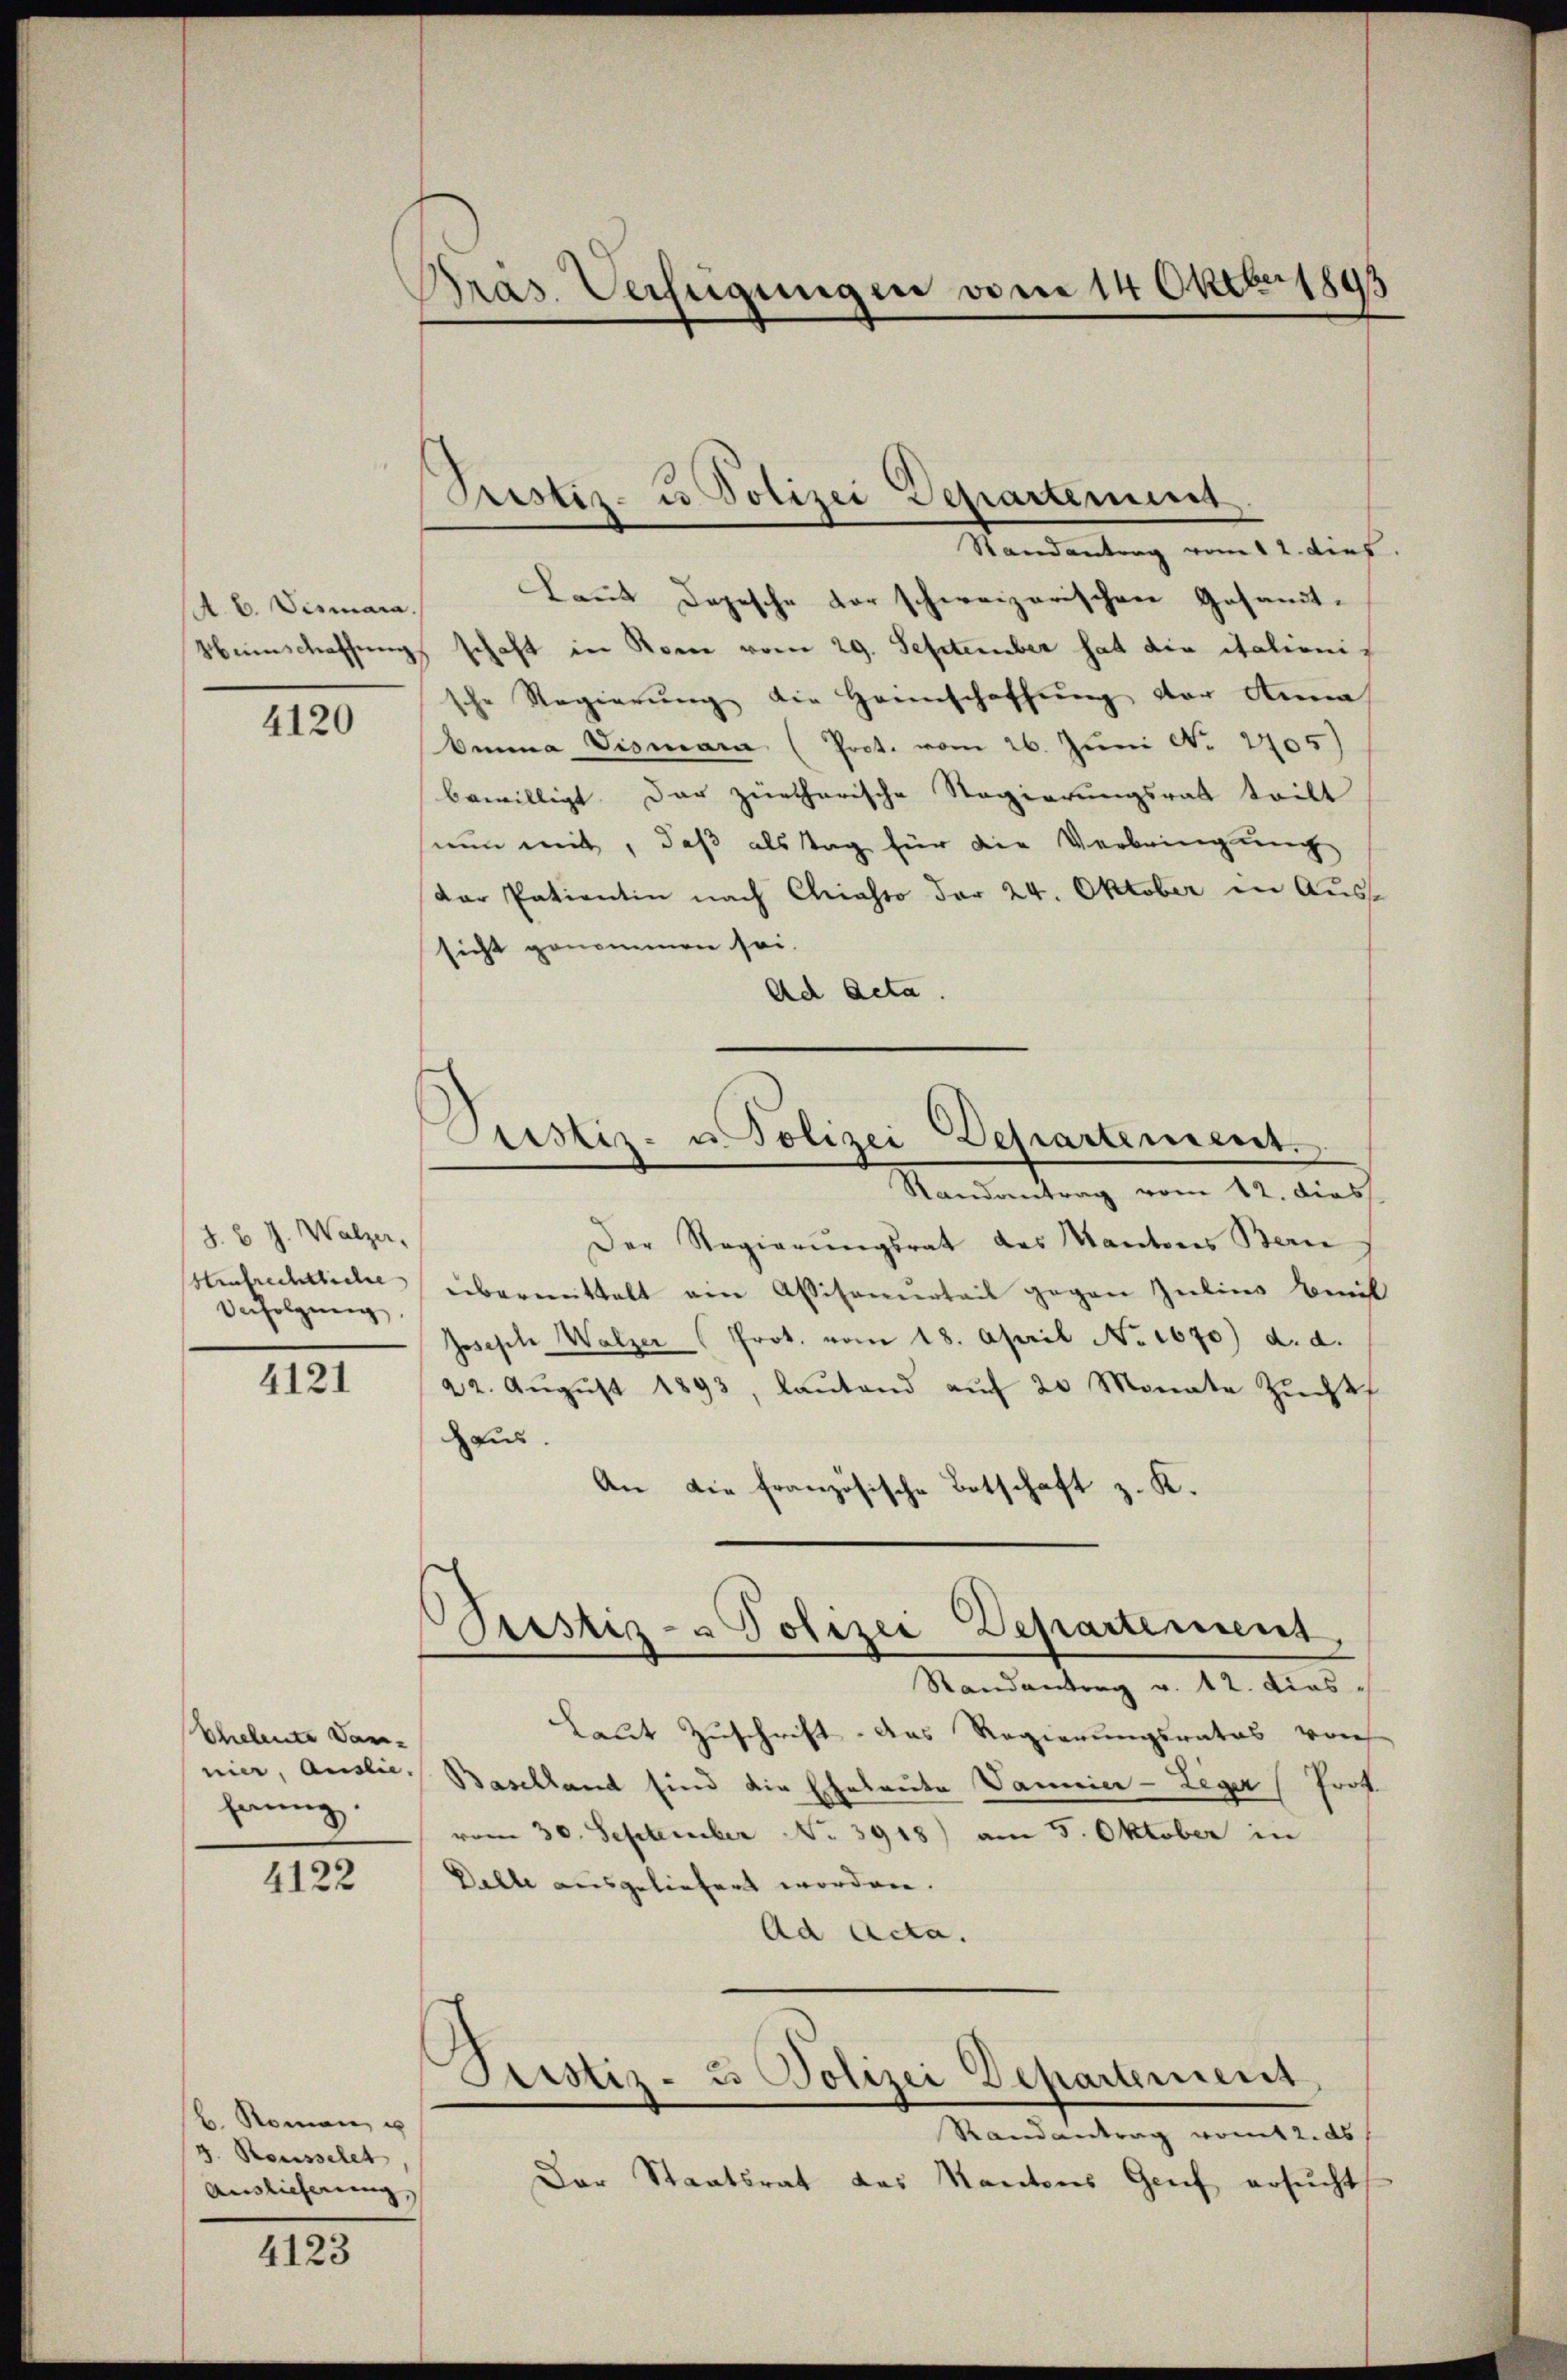
A. E. Vismara

4120

J. 6 J. Walzer,
Aufrechtliche
Verfolgung

4121

Eheleute Darhang.

4122

b. Romen, u
3. Rousselet
Auslieferung,

4123

Präs. Verfügungen vom 14 Oktber 1893

Pristiz- u Polizei Departement

Pristiz- u. Polizei Departement.
Randantrag vom 12. dies

Randantrag vom 12. dies
Laut Depesche vor schweizerischen Gesandt-
Menschaffung schaft in Rome vom 29. September hat die italionis
sche Regierŭng die Heimschaffŭng der Anna
bina Vismann (Prot. vom 26. Juni No 1405)
bewilligt. Der zürcherische Regierungsrath tritt
nun mit, daß als Tag für die Verbringung
dar Patientin nach Chiasso der 24. Oktober in Aussicht genommen sei.
Ad Acta.
Der Regierŭngsrat des Kantons Bern
übermittelt ein Assisonurteil gegen Zelins Beit
Joseph Walzer (Prot. vom 18. April No 1670) d. d.
22. Aŭgŭst 1893, laŭtend aŭf 20 Monate Zŭcht
aus
An die französische Botschaft z. K.
Piustiz- & Polizei Departement,
Randantrag v. 12. dies
Laut Zuschrift das Regierungsrates von
nier, Auslie Baselland sind die Eheleute Danier-Leger Prot.
vom 30. September No. 3918) am 5. Oktober in
Dalle ausgeliefert worden.
Ad Acta.
Pristiz- & Polizei Departement,
Randantrag womit 2. ds
Der Staatsrat des Kantons Genf ersucht